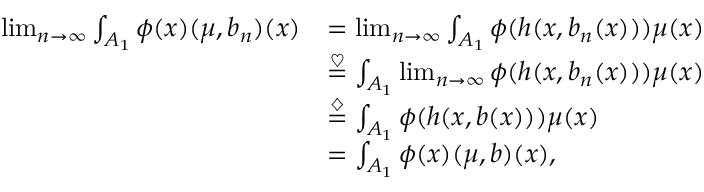
\begin{array} { r l } { \operatorname* { l i m } _ { n \to \infty } \int _ { A _ { 1 } } \phi ( x ) \d H ( \mu , b _ { n } ) ( x ) } & { = \operatorname* { l i m } _ { n \to \infty } \int _ { A _ { 1 } } \phi ( h ( x , b _ { n } ( x ) ) ) \d \mu ( x ) } \\ & { \overset { \heartsuit } { = } \int _ { A _ { 1 } } \operatorname* { l i m } _ { n \to \infty } \phi ( h ( x , b _ { n } ( x ) ) ) \d \mu ( x ) } \\ & { \overset { \diamondsuit } { = } \int _ { A _ { 1 } } \phi ( h ( x , b ( x ) ) ) \d \mu ( x ) } \\ & { = \int _ { A _ { 1 } } \phi ( x ) \d H ( \mu , b ) ( x ) , } \end{array}